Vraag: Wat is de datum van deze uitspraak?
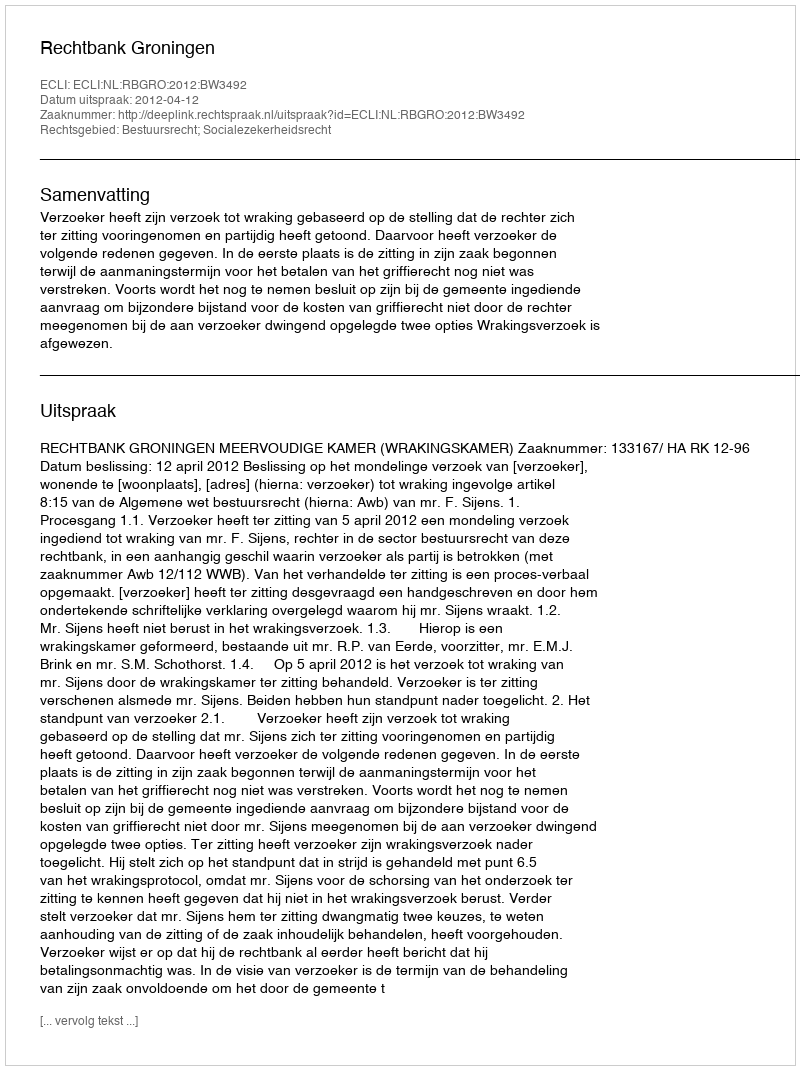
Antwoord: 2012-04-12